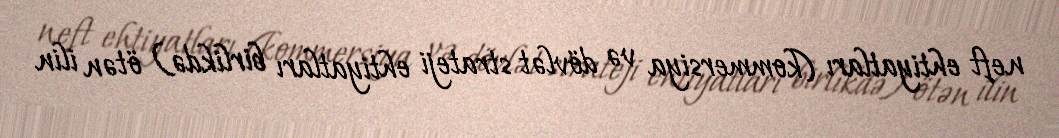
neft ehtiyatları (kommersiya və dövlət strateji ehtiyatları birlikdə) ötən ilin